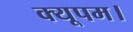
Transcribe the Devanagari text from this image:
क्यूपम।